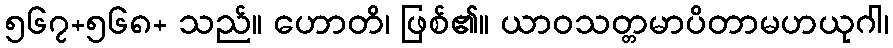
၅၆၇+၅၆၈+ သည်။ ဟောတိ၊ ဖြစ်၏။ ယာဝသတ္တမာပိတာမဟယုဂါ၊